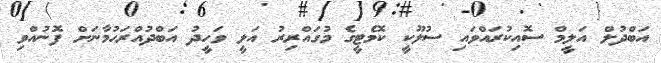
އަބްދުލް އަލީމް ސޮއިކުރައްވައި ސުލޫކީ ކޮމެޓީގެ މުގައްރިރު އަލީ ވަހީދު އަބްދުއްރަހުމާނަށް ފޮނުއްވި